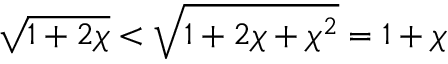
\sqrt { 1 + 2 \chi } < \sqrt { 1 + 2 \chi + \chi ^ { 2 } } = 1 + \chi